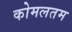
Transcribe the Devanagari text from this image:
कोमलतम